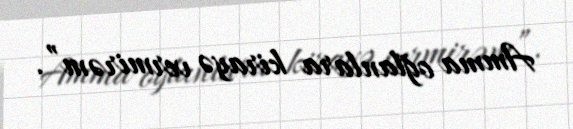
Amma oğlanlara kirayə vermirəm”.